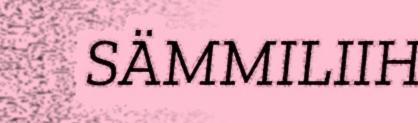
SÄMMILIIH